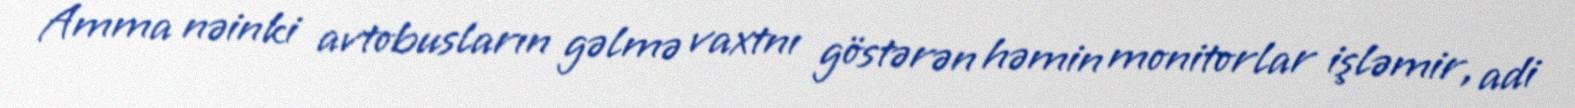
Amma nəinki avtobusların gəlmə vaxtnı göstərən həmin monitorlar işləmir, adi